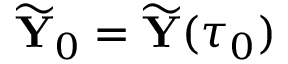
\widetilde { { \mathbf Y } } _ { 0 } = \widetilde { { \mathbf Y } } ( \tau _ { 0 } )